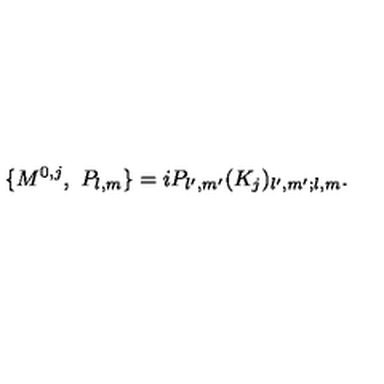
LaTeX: \{ M ^ { 0 , j } , \ P _ { l , m } \} = i P _ { l ^ { \prime } , m ^ { \prime } } ( K _ { j } ) _ { l ^ { \prime } , m ^ { \prime } ; l , m } .